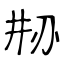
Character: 刱